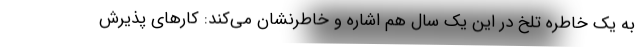
به یک خاطره تلخ در این یک سال هم اشاره و خاطرنشان می‌کند: کارهای پذیرش